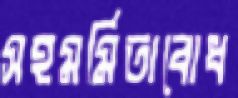
সহমর্মিতাবোধ